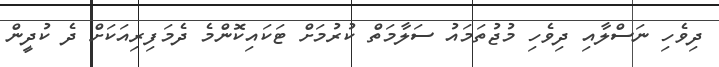
ދިވެހި ނަސްލާއި ދިވެހި މުޖުތަމައު ސަލާމަތް ކުރުމަށް ޓަކައިކޮންމެ ދެމަފިރިއަކަށް ދެ ކުދީން